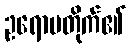
ဥရောပတိုက်၏